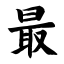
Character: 最